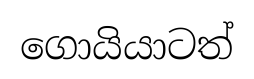
ගොයියාටත්